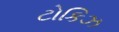
ટોકિઝ